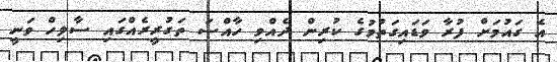
އެ ގައުމަށް ފުރާ ވަޑައިގަތުމުގެ ކުރިން ދެއްވި ހާއްސަ ތަގުރީރެއްގައި ސާލިހް ވަނީ